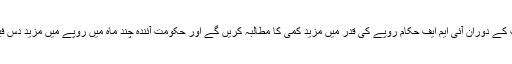
ماہرین کا خیال ہے کہ مذاکرات کے دوران آئی ایم ایف حکام روپے کی قدر میں مزید کمی کا مطالبہ کریں گے اور حکومت آئندہ چند ماہ میں روپے میں مزید دس فیصد تک کمی پر مجبور ہو گی۔